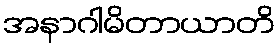
အနာဂါမိတာယာတိ